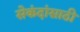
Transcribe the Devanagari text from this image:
सेकंदांसाठी